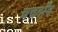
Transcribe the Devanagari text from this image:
चचगाँव